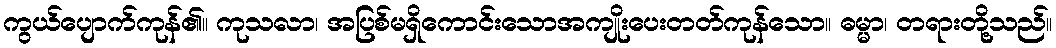
ကွယ်ပျောက်ကုန်၏။ ကုသလာ၊ အပြစ်မရှိကောင်းသောအကျိုးပေးတတ်ကုန်သော။ ဓမ္မာ၊ တရားတို့သည်။